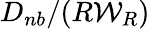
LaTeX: {D_{nb}}/(R{\mathcal{W}}_{R})